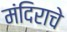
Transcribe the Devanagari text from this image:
मंदिराचे